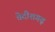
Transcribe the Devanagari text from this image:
चेदीशगढ़